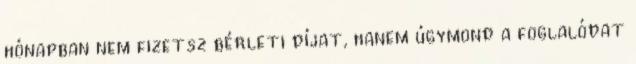
hónapban nem fizetsz bérleti díjat, hanem úgymond a foglalódat